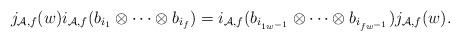
LaTeX: \begin{align*}{}j_{{\cal A}, f}(w) i_{{\cal A}, f}(b_{i_1} \otimes \cdots \otimes b_{i_f}) = i_{{\cal A}, f}(b_{i_{1w^{-1}}} \otimes \cdots \otimes b_{i_{fw^{-1}}}) j_{{\cal A}, f}(w).\end{align*}